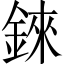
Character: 錸